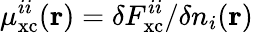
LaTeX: \mu_{\mathrm{xc}}^{ii}(\mathbf{r})=\delta F_{\mathrm{xc}}^{ii}/\delta n_{i}(\mathbf{r})